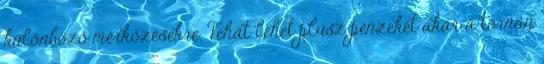
különböző mérkőzésekre. Tehát lehet plusz pénzeket akár a tornán